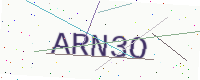
Text: ARN3O